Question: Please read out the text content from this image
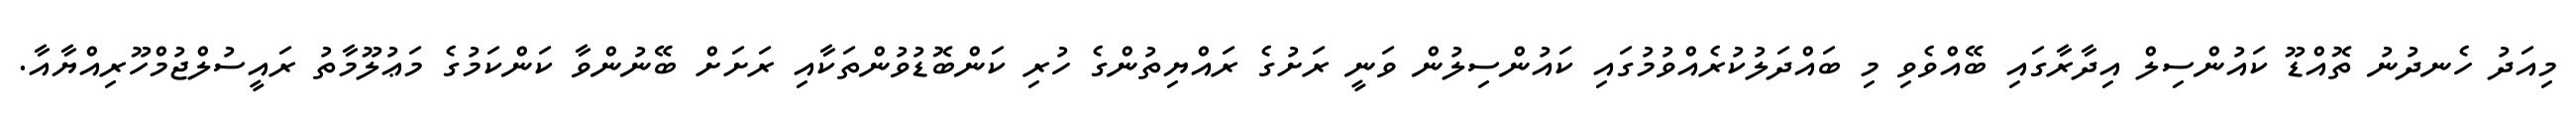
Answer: މިއަދު ހެނދުނު ތޮއްޑޫ ކައުންސިލް އިދާރާގައި ބޭއްވެވި މި ބައްދަލުކުރެއްވުމުގައި ކައުންސިލުން ވަނީ ރަށުގެ ރައްޔިތުންގެ ހުރި ކަންބޮޑުވުންތަކާއި ރަށަށް ބޭނުންވާ ކަންކަމުގެ މަޢުލޫމާތު ރައީސުލްޖުމްހޫރިއްޔާއާ.